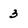
Character: 3